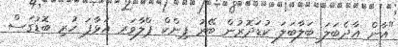
"އާން އާދެބަލަ ބަލާބަލަ ކުޑަދޮރުން ބޭރު ޕިންކް ޕްލާވަރ އަޅާފަ ހުރި ބޮޑުގަސް